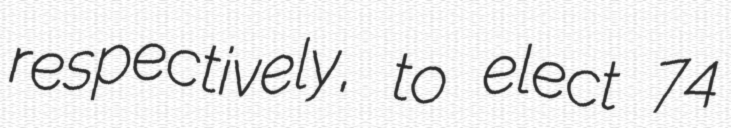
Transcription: respectively, to elect 74